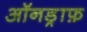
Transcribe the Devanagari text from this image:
ऑनड्राफ़